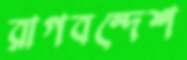
রাগবন্দেশ